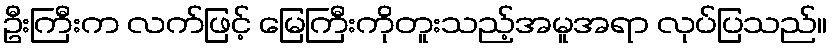
ဦးကြီးက လက်ဖြင့် မြေကြီးကိုတူးသည့်အမူအရာ လုပ်ပြသည်။